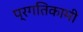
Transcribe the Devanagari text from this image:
प्रगतिकामी